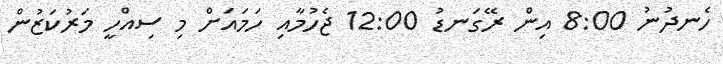
ހެނދުނު 8:00 އިން ރޭގަނޑު 12:00 ޖެހުމާއި ހަމައަށް މި ސިއްހީ މަރުކަޒުން